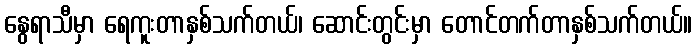
နွေရာသီမှာ ရေကူးတာနှစ်သက်တယ်၊ ဆောင်းတွင်းမှာ တောင်တက်တာနှစ်သက်တယ်။